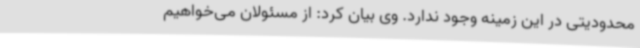
محدودیتی در این زمینه وجود ندارد. وی بیان کرد: از مسئولان می‌خواهیم